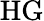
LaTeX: \mathrm{HG}